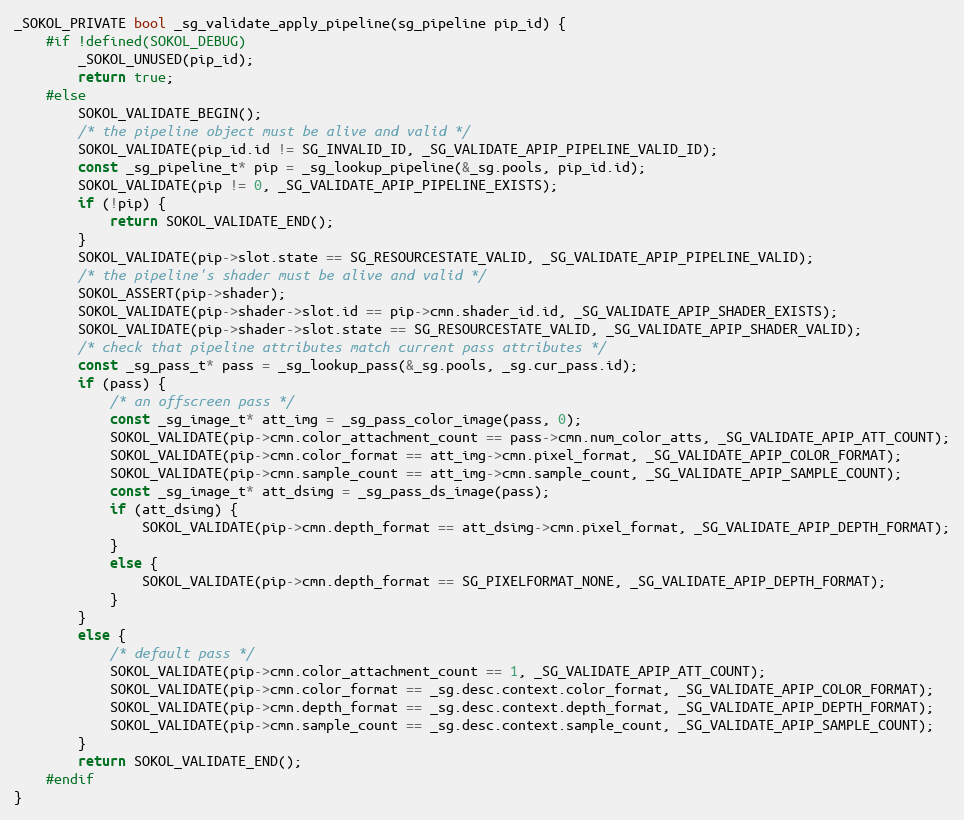
Language: C
_SOKOL_PRIVATE bool _sg_validate_apply_pipeline(sg_pipeline pip_id) {
    #if !defined(SOKOL_DEBUG)
        _SOKOL_UNUSED(pip_id);
        return true;
    #else
        SOKOL_VALIDATE_BEGIN();
        /* the pipeline object must be alive and valid */
        SOKOL_VALIDATE(pip_id.id != SG_INVALID_ID, _SG_VALIDATE_APIP_PIPELINE_VALID_ID);
        const _sg_pipeline_t* pip = _sg_lookup_pipeline(&_sg.pools, pip_id.id);
        SOKOL_VALIDATE(pip != 0, _SG_VALIDATE_APIP_PIPELINE_EXISTS);
        if (!pip) {
            return SOKOL_VALIDATE_END();
        }
        SOKOL_VALIDATE(pip->slot.state == SG_RESOURCESTATE_VALID, _SG_VALIDATE_APIP_PIPELINE_VALID);
        /* the pipeline's shader must be alive and valid */
        SOKOL_ASSERT(pip->shader);
        SOKOL_VALIDATE(pip->shader->slot.id == pip->cmn.shader_id.id, _SG_VALIDATE_APIP_SHADER_EXISTS);
        SOKOL_VALIDATE(pip->shader->slot.state == SG_RESOURCESTATE_VALID, _SG_VALIDATE_APIP_SHADER_VALID);
        /* check that pipeline attributes match current pass attributes */
        const _sg_pass_t* pass = _sg_lookup_pass(&_sg.pools, _sg.cur_pass.id);
        if (pass) {
            /* an offscreen pass */
            const _sg_image_t* att_img = _sg_pass_color_image(pass, 0);
            SOKOL_VALIDATE(pip->cmn.color_attachment_count == pass->cmn.num_color_atts, _SG_VALIDATE_APIP_ATT_COUNT);
            SOKOL_VALIDATE(pip->cmn.color_format == att_img->cmn.pixel_format, _SG_VALIDATE_APIP_COLOR_FORMAT);
            SOKOL_VALIDATE(pip->cmn.sample_count == att_img->cmn.sample_count, _SG_VALIDATE_APIP_SAMPLE_COUNT);
            const _sg_image_t* att_dsimg = _sg_pass_ds_image(pass);
            if (att_dsimg) {
                SOKOL_VALIDATE(pip->cmn.depth_format == att_dsimg->cmn.pixel_format, _SG_VALIDATE_APIP_DEPTH_FORMAT);
            }
            else {
                SOKOL_VALIDATE(pip->cmn.depth_format == SG_PIXELFORMAT_NONE, _SG_VALIDATE_APIP_DEPTH_FORMAT);
            }
        }
        else {
            /* default pass */
            SOKOL_VALIDATE(pip->cmn.color_attachment_count == 1, _SG_VALIDATE_APIP_ATT_COUNT);
            SOKOL_VALIDATE(pip->cmn.color_format == _sg.desc.context.color_format, _SG_VALIDATE_APIP_COLOR_FORMAT);
            SOKOL_VALIDATE(pip->cmn.depth_format == _sg.desc.context.depth_format, _SG_VALIDATE_APIP_DEPTH_FORMAT);
            SOKOL_VALIDATE(pip->cmn.sample_count == _sg.desc.context.sample_count, _SG_VALIDATE_APIP_SAMPLE_COUNT);
        }
        return SOKOL_VALIDATE_END();
    #endif
}